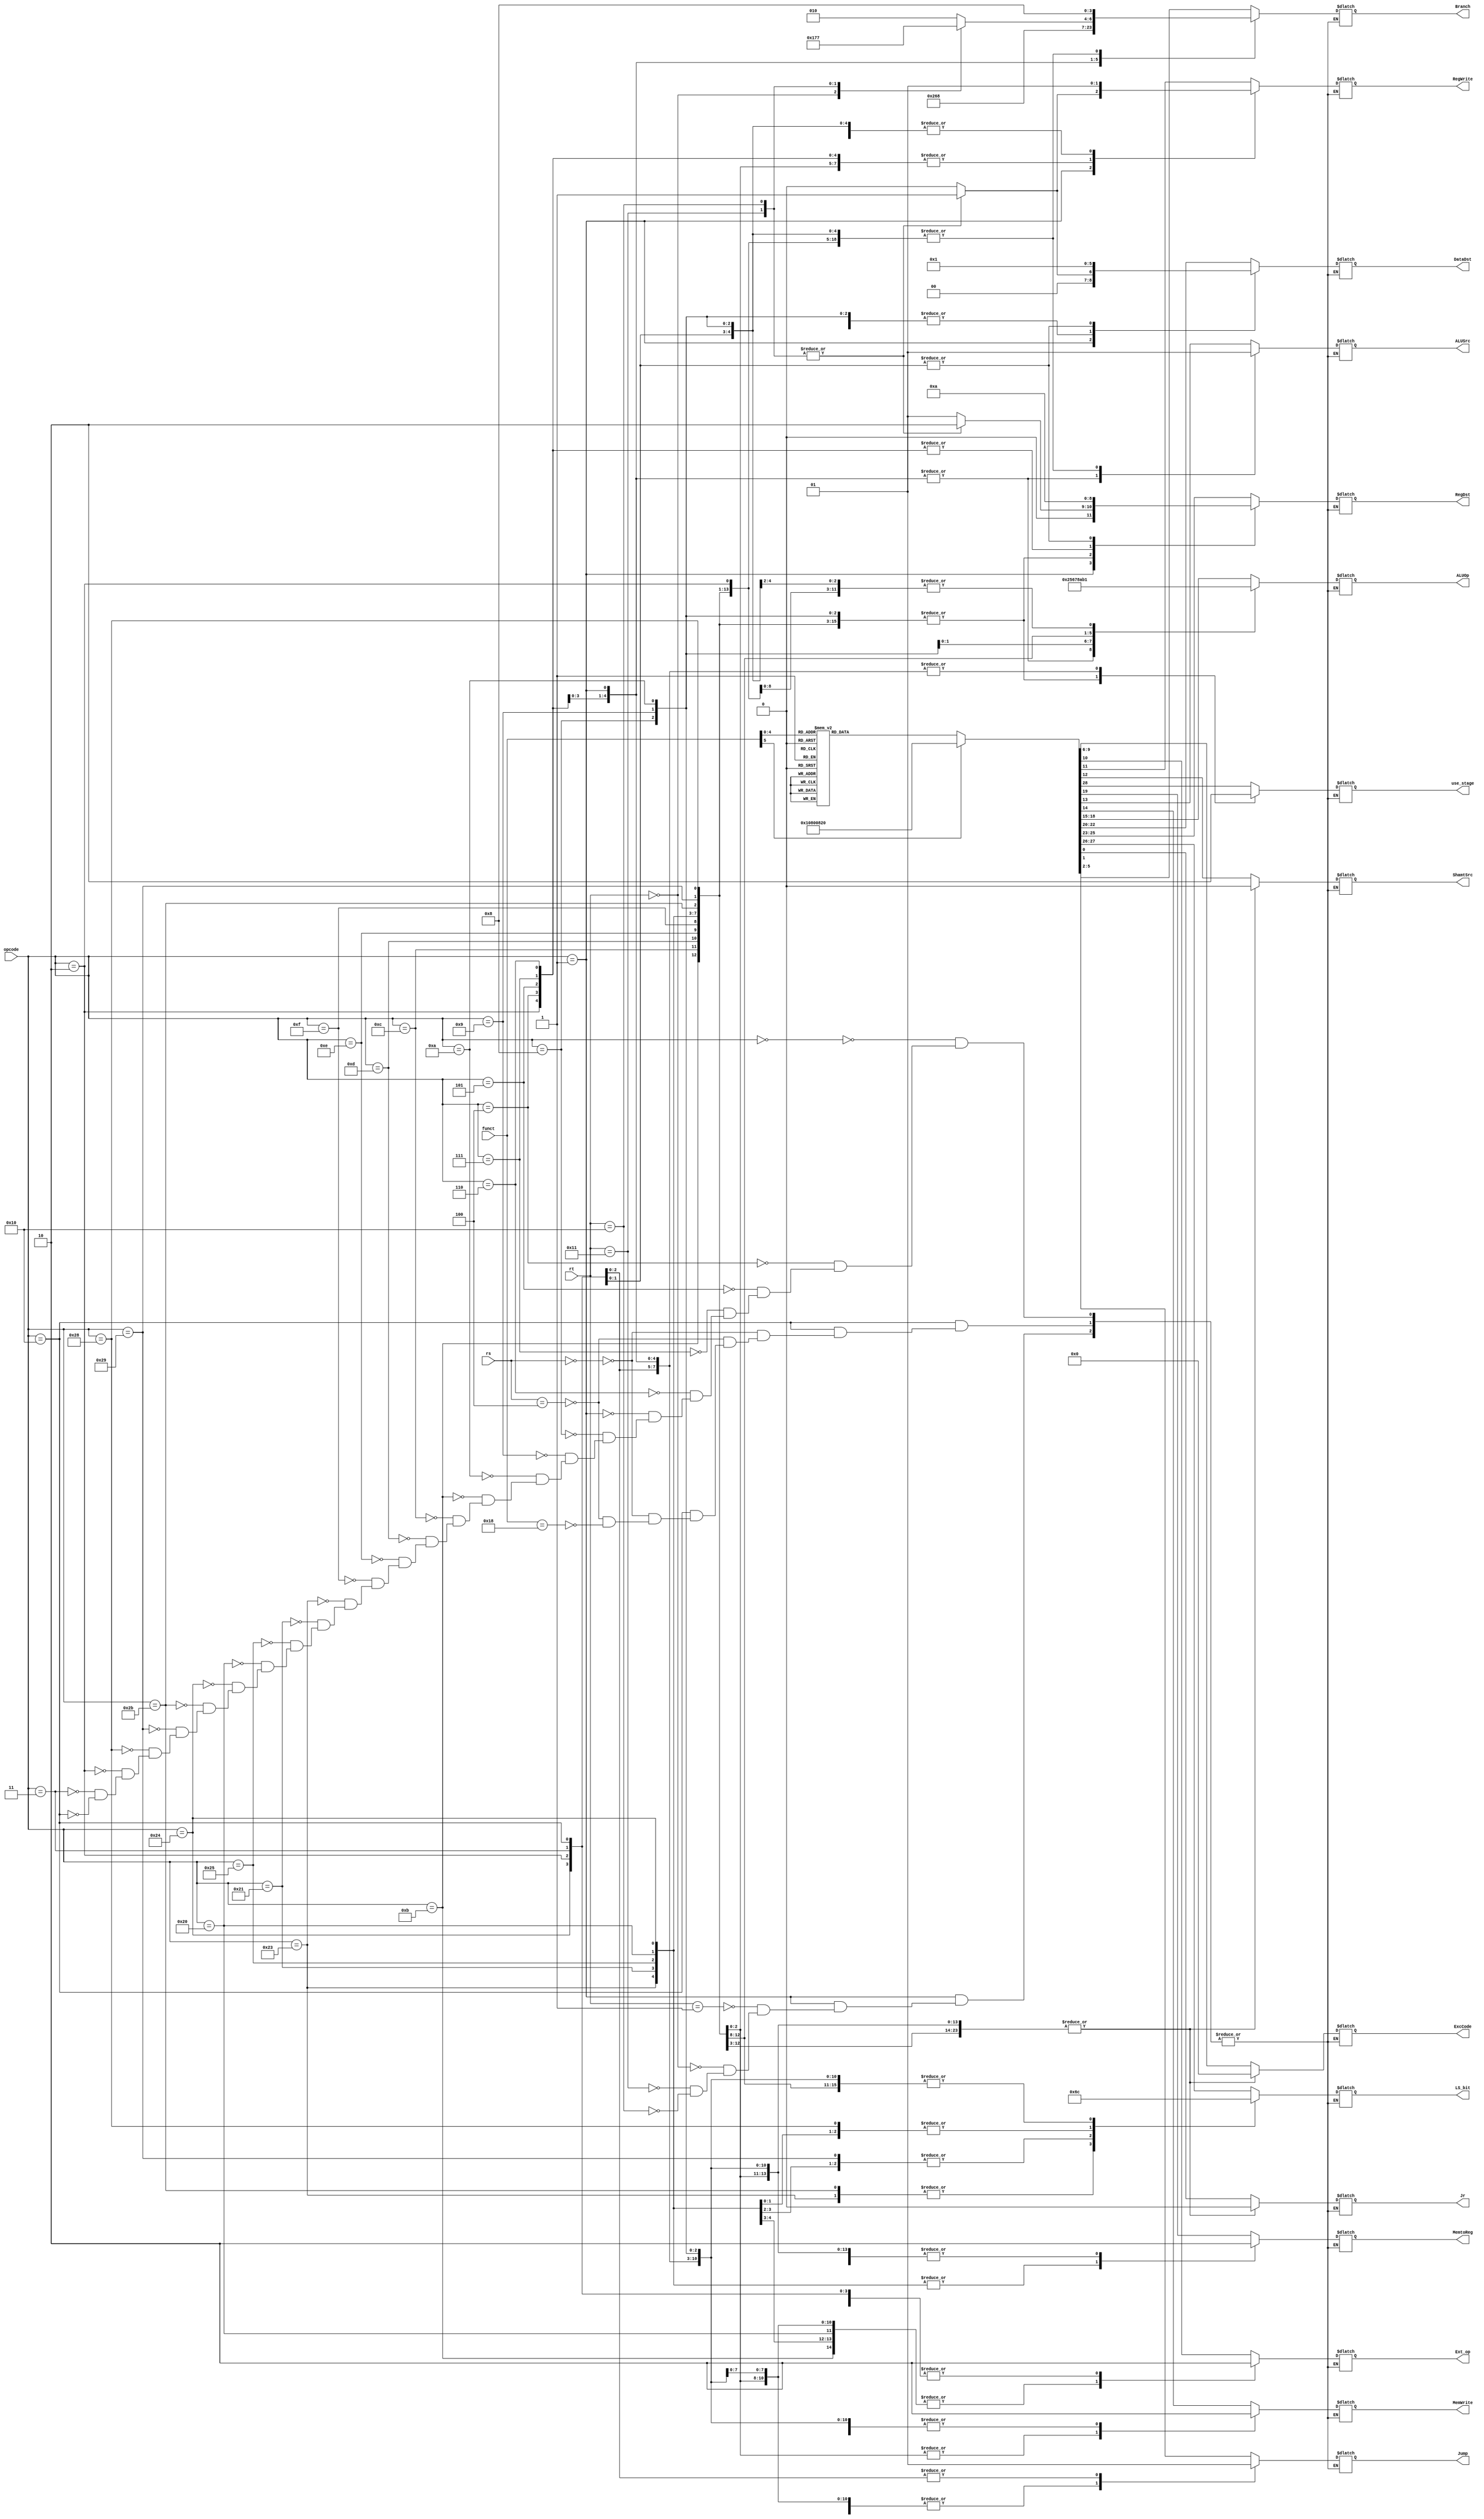
module controller #( 
    /*
        field of all one bit signal
    */
    parameter T          = 1'b1,
    parameter F          = 1'b0,
    /*
        field of use_stage
        0 : be used in ID
        1 : be used in EX
    */
    parameter ID = 1'b0,
    parameter EX = 1'b1,
    /*
        LS_bit field
        value to tell the difference between word, half word and btye
    */
    parameter NONE       = 2'b00,
    parameter WORD       = 2'b01,
    parameter HALF       = 2'b10,
    parameter BYTE       = 2'b11,    
    /*
        Branch field
        tag to distinguish Branch
    */
    parameter BEQ        = 4'b0000,              // branch equal
    parameter BNE        = 4'b0001,              // branch not equal 
    parameter BGEZ       = 4'b0010,              // branch greater than or equal to zero
    parameter BGTZ       = 4'b0011,              // branch greater than zero
    parameter BLEZ       = 4'b0100,              // branch less than or equal to zero
    parameter BLTZ       = 4'b0101,              // branch less than zero
    parameter BGEZAL     = 4'b0110,              // branch greater than or equal to zero and link
    parameter BLTZAL     = 4'b0111,              // branch less than zero and link
    parameter NO_BRANCH  = 4'b1000,              // no branch
    /*
        RegDst field
        tag to decide which register may be updated
    */
    parameter RT         = 3'b000,              // to GPR[rt]
    parameter RD         = 3'b001,              // to GPR[rd]
    parameter RA         = 3'b010,              // to GPR[31]
    parameter HI         = 3'b011,              // to GPR[32]
    parameter LO         = 3'b100,              // to GPR[33]
    parameter PROD       = 3'b101,              // to HI and LO 
    /*
        DataDst field
        tag to decide what may be wirtten to regfile
    */
    parameter ALU_OUT    = 3'b000,
    parameter PC_ADD_OUT = 3'b001,
    parameter HIGH_OUT   = 3'b010,
    parameter LOW_OUT    = 3'b011,
    parameter CP0_OUT    = 3'b100, 

    /*
        ALUOp field
        tag to decide which operation will be done in alu
    */
    parameter USE_R_TYPE = 4'b0000,
    parameter USE_ADD    = 4'b0001,
    parameter USE_ADDU   = 4'b0010,
    parameter USE_SUB    = 4'b0011,
    parameter USE_SUBU   = 4'b0100,
    parameter USE_SLT    = 4'b0101,
    parameter USE_SLTU   = 4'b0110,
    parameter USE_AND    = 4'b0111,
    parameter USE_OR     = 4'b1000,
    parameter USE_NOR    = 4'b1001,
    parameter USE_XOR    = 4'b1010,
    parameter USE_LUI    = 4'b1011,

    /*
        field of ExcCode
    */
    parameter NO_EXC     = 4'b0000
    // TODO : finish interface with cp0
)(
    input      [ 5: 0] opcode,
    input      [ 4: 0] rs,
    input      [ 4: 0] rt,
    input      [ 5: 0] funct,
    output reg         use_stage,
    output reg [ 1: 0] LS_bit,
    output reg [ 2: 0] RegDst,
    output reg [ 2: 0] DataDst,
    output reg         MemtoReg,    
    output reg [ 3: 0] ALUOp,
    output reg         MemWrite,
    output reg         ALUSrc,
    output reg         ShamtSrc,
    output reg         RegWrite,
    output reg         Ext_op,                      // 1 : signed ext  0 : unsigned ext
    output reg [ 3: 0] ExcCode,
    output reg [ 3: 0] Branch,
    output reg         Jump,
    output reg         Jr
);
    /*
        opcode field
    */
    parameter opcode_is_RType  = 6'b000000;

    // conditional transfer
    parameter opcode_is_BEQ    = 6'b000100;
    parameter opcode_is_BNE    = 6'b000101;
    parameter opcode_is_BGTZ   = 6'b000111;
    parameter opcode_is_BLEZ   = 6'b000110;
    parameter opcode_is_REGIMM = 6'b000001;
    // when   opcode_is_REGIMM, rt
    parameter rt_is_BGEZ       = 5'b00001;
    parameter rt_is_BLTZ       = 5'b00000;
    parameter rt_is_BGEZAL     = 5'b10001;
    parameter rt_is_BLTZAL     = 5'b10000;   

    // I type R op
    parameter opcode_is_ADDI   = 6'b001000;
    parameter opcode_is_ADDIU  = 6'b001001;
    parameter opcode_is_SLTI   = 6'b001010;
    parameter opcode_is_SLTIU  = 6'b001011;
    parameter opcode_is_ANDI   = 6'b001100;
    parameter opcode_is_LUI    = 6'b001111;
    parameter opcode_is_ORI    = 6'b001101;
    parameter opcode_is_XORI   = 6'b001110;

    // load and save
    parameter opcode_is_LW     = 6'b100011;
    parameter opcode_is_LH     = 6'b100001;
    parameter opcode_is_LHU    = 6'b100101;
    parameter opcode_is_LB     = 6'b100000;
    parameter opcode_is_LBU    = 6'b100100;
    parameter opcode_is_SW     = 6'b101011;
    parameter opcode_is_SH     = 6'b101001;
    parameter opcode_is_SB     = 6'b101000;

    // J Type
    parameter opcode_is_J      = 6'b000010;
    parameter opcode_is_JAL    = 6'b000011;

    // self trap
    parameter opcode_is_COP0   = 6'b010000;
    // COP0 field
    parameter rs_is_MFC0       = 5'b00000;
    parameter rs_is_MTC0       = 5'b00100;
    parameter funct_is_ERET    = 6'b011000;     

    /*
        funct code field
    */
    parameter funct_is_MULT    = 6'b011000;
    parameter funct_is_MULTU   = 6'b011001;
    parameter funct_is_DIV     = 6'b011010;
    parameter funct_is_DIVU    = 6'b011011;
    parameter funct_is_JR      = 6'b001000;             // PC  GPR[rs]                               rd :       data :                                       
    parameter funct_is_SLLV    = 6'b000100;             // GPR[rd]  GPR[rt] << GPR[rs] (logical)     rd : rd      data : alu                             
    parameter funct_is_SRLV    = 6'b000110;             // GPR[rd]  GPR[rt] >> GPR[rs] (logical)     rd : rd      data : alu                          
    parameter funct_is_SRAV    = 6'b000111;             // GPR[rd]  GPR[rt] >> GPR[rs] (arithmetic)  rd : rd      data : alu                             
    parameter funct_is_MFHI    = 6'b010000;             // GPR[rd]  HI                               rd : rd      data : high_out
    parameter funct_is_MFLO    = 6'b010010;             // GPR[rd]  LO                               rd : rd      data : low_out   
    parameter funct_is_MTHI    = 6'b010001;             // HI  GPR[rs]                               rd : 32      data : alu
    parameter funct_is_MTLO    = 6'b010011;             // LO  GPR[rs]                               rd : 33      data : alu
    // MTHI & MTLO can be seen as HI  alu_out  GPR[rs]

    `define SIGNAL {use_stage, LS_bit, RegDst, DataDst, MemtoReg, ALUOp, MemWrite, ALUSrc, ShamtSrc, RegWrite, Ext_op, ExcCode, Branch, Jump, Jr}

    always @(*) begin
        case (opcode)
            opcode_is_RType : begin
                case (funct) 
                    funct_is_MULT  : `SIGNAL = {EX, NONE, PROD, ALU_OUT , F, USE_R_TYPE, F, F, F, T, F, NO_EXC, NO_BRANCH, F, F};
                    funct_is_MULTU : `SIGNAL = {EX, NONE, PROD, ALU_OUT , F, USE_R_TYPE, F, F, F, T, F, NO_EXC, NO_BRANCH, F, F};
                    funct_is_DIV   : `SIGNAL = {EX, NONE, PROD, ALU_OUT , F, USE_R_TYPE, F, F, F, T, F, NO_EXC, NO_BRANCH, F, F};
                    funct_is_DIVU  : `SIGNAL = {EX, NONE, PROD, ALU_OUT , F, USE_R_TYPE, F, F, F, T, F, NO_EXC, NO_BRANCH, F, F};
                    funct_is_JR    : `SIGNAL = {ID, NONE, RD  , ALU_OUT , F, USE_R_TYPE, F, F, F, F, F, NO_EXC, NO_BRANCH, F, T};
                    funct_is_SLLV  : `SIGNAL = {EX, NONE, RD  , ALU_OUT , F, USE_R_TYPE, F, F, T, T, F, NO_EXC, NO_BRANCH, F, F};
                    funct_is_SRLV  : `SIGNAL = {EX, NONE, RD  , ALU_OUT , F, USE_R_TYPE, F, F, T, T, F, NO_EXC, NO_BRANCH, F, F};
                    funct_is_SRAV  : `SIGNAL = {EX, NONE, RD  , ALU_OUT , F, USE_R_TYPE, F, F, T, T, F, NO_EXC, NO_BRANCH, F, F};
                    funct_is_MFHI  : `SIGNAL = {EX, NONE, RD  , HIGH_OUT, F, USE_R_TYPE, F, F, F, T, F, NO_EXC, NO_BRANCH, F, F};
                    funct_is_MFLO  : `SIGNAL = {EX, NONE, RD  , LOW_OUT , F, USE_R_TYPE, F, F, F, T, F, NO_EXC, NO_BRANCH, F, F};
                    funct_is_MTHI  : `SIGNAL = {EX, NONE, HI  , ALU_OUT , F, USE_R_TYPE, F, F, F, T, F, NO_EXC, NO_BRANCH, F, F};
                    funct_is_MTLO  : `SIGNAL = {EX, NONE, LO  , ALU_OUT , F, USE_R_TYPE, F, F, F, T, F, NO_EXC, NO_BRANCH, F, F};
                    default        : `SIGNAL = {EX, NONE, RD  , ALU_OUT , F, USE_R_TYPE, F, F, F, T, F, NO_EXC, NO_BRANCH, F, F};
                endcase
            end
            opcode_is_BEQ    : `SIGNAL = {ID, NONE, RD, ALU_OUT, F, USE_R_TYPE, F, F, F, F, T, NO_EXC, BEQ , F, F};
            opcode_is_BNE    : `SIGNAL = {ID, NONE, RD, ALU_OUT, F, USE_R_TYPE, F, F, F, F, T, NO_EXC, BNE , F, F};
            opcode_is_BGTZ   : `SIGNAL = {ID, NONE, RD, ALU_OUT, F, USE_R_TYPE, F, F, F, F, T, NO_EXC, BGTZ, F, F};
            opcode_is_BLEZ   : `SIGNAL = {ID, NONE, RD, ALU_OUT, F, USE_R_TYPE, F, F, F, F, T, NO_EXC, BLEZ, F, F};
            opcode_is_REGIMM : begin
                case (rt)
                    rt_is_BGEZ   : `SIGNAL = {ID, NONE, RD, ALU_OUT   , F, USE_R_TYPE, F, F, F, F, T, NO_EXC, BGEZ  , F, F};
                    rt_is_BLTZ   : `SIGNAL = {ID, NONE, RD, ALU_OUT   , F, USE_R_TYPE, F, F, F, F, T, NO_EXC, BLTZ  , F, F};
                    rt_is_BGEZAL : `SIGNAL = {ID, NONE, RA, PC_ADD_OUT, F, USE_R_TYPE, F, F, F, T, T, NO_EXC, BGEZAL, F, F};
                    rt_is_BLTZAL : `SIGNAL = {ID, NONE, RA, PC_ADD_OUT, F, USE_R_TYPE, F, F, F, T, T, NO_EXC, BLTZAL, F, F}; 
                endcase
            end

            opcode_is_ADDI   : `SIGNAL = {EX, NONE, RT, ALU_OUT, F, USE_ADD , F, T, F, T, T, NO_EXC, NO_BRANCH, F, F};
            opcode_is_ADDIU  : `SIGNAL = {EX, NONE, RT, ALU_OUT, F, USE_ADDU, F, T, F, T, T, NO_EXC, NO_BRANCH, F, F};
            opcode_is_SLTI   : `SIGNAL = {EX, NONE, RT, ALU_OUT, F, USE_SLT , F, T, F, T, T, NO_EXC, NO_BRANCH, F, F};
            opcode_is_SLTIU  : `SIGNAL = {EX, NONE, RT, ALU_OUT, F, USE_SLTU, F, T, F, T, T, NO_EXC, NO_BRANCH, F, F};
            opcode_is_ANDI   : `SIGNAL = {EX, NONE, RT, ALU_OUT, F, USE_AND , F, T, F, T, F, NO_EXC, NO_BRANCH, F, F};
            opcode_is_ORI    : `SIGNAL = {EX, NONE, RT, ALU_OUT, F, USE_OR  , F, T, F, T, F, NO_EXC, NO_BRANCH, F, F};
            opcode_is_XORI   : `SIGNAL = {EX, NONE, RT, ALU_OUT, F, USE_XOR , F, T, F, T, F, NO_EXC, NO_BRANCH, F, F};        
            opcode_is_LUI    : `SIGNAL = {EX, NONE, RT, ALU_OUT, F, USE_LUI , F, T, F, T, F, NO_EXC, NO_BRANCH, F, F};

            opcode_is_LW     : `SIGNAL = {EX, WORD, RT, ALU_OUT, T, USE_ADD , F, T, F, T, T, NO_EXC, NO_BRANCH, F, F};
            opcode_is_LH     : `SIGNAL = {EX, HALF, RT, ALU_OUT, T, USE_ADD , F, T, F, T, T, NO_EXC, NO_BRANCH, F, F};        
            opcode_is_LHU    : `SIGNAL = {EX, HALF, RT, ALU_OUT, T, USE_ADD , F, T, F, T, F, NO_EXC, NO_BRANCH, F, F};
            opcode_is_LB     : `SIGNAL = {EX, BYTE, RT, ALU_OUT, T, USE_ADD , F, T, F, T, T, NO_EXC, NO_BRANCH, F, F};
            opcode_is_LBU    : `SIGNAL = {EX, BYTE, RT, ALU_OUT, T, USE_ADD , F, T, F, T, F, NO_EXC, NO_BRANCH, F, F};
            opcode_is_SW     : `SIGNAL = {EX, WORD, RT, ALU_OUT, F, USE_ADD , T, T, F, F, T, NO_EXC, NO_BRANCH, F, F};
            opcode_is_SH     : `SIGNAL = {EX, HALF, RT, ALU_OUT, F, USE_ADD , T, T, F, F, T, NO_EXC, NO_BRANCH, F, F};
            opcode_is_SB     : `SIGNAL = {EX, BYTE, RT, ALU_OUT, F, USE_ADD , T, T, F, F, T, NO_EXC, NO_BRANCH, F, F};

            opcode_is_J      : `SIGNAL = {ID, NONE, RD, ALU_OUT   , F, USE_ADD , F, T, F, F, F, NO_EXC, NO_BRANCH, T, F};
            opcode_is_JAL    : `SIGNAL = {ID, NONE, RA, PC_ADD_OUT, F, USE_ADD , F, T, F, T, F, NO_EXC, NO_BRANCH, T, F};
        
            opcode_is_COP0 : begin
                case (rs)
                    // TODO : finish the signal, the completed SIGNAL is incorrect
                    rs_is_MFC0 : `SIGNAL = {ID, NONE, RA, PC_ADD_OUT, F, USE_ADD , F, T, F, T, F, NO_EXC, NO_BRANCH, T, F};
                    rs_is_MTC0 : `SIGNAL = {ID, NONE, RA, PC_ADD_OUT, F, USE_ADD , F, T, F, T, F, NO_EXC, NO_BRANCH, T, F};
                    default : begin
                        if (funct == funct_is_ERET)
                            `SIGNAL = {ID, NONE, RA, PC_ADD_OUT, F, USE_ADD , F, T, F, T, F, NO_EXC, NO_BRANCH, T, F};
                    end
                endcase
            end
        endcase
    end


endmodule //controller